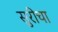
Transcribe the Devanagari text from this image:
सुरीचा